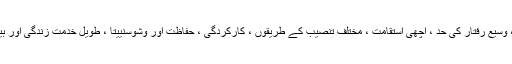
مصنوعات کی اس سیریز میں مکمل وضاحتیں ، وسیع رفتار کی حد ، اچھی استقامت ، مختلف تنصیب کے طریقوں ، کارکردگی ، حفاظت اور وشوسنییتا ، طویل خدمت زندگی اور بین الاقوامی معیار کے نفاذ کے مطابق ڈھال ہے۔